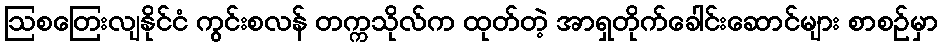
ဩစတြေးလျနိုင်ငံ ကွင်းစလန် တက္ကသိုလ်က ထုတ်တဲ့ အာရှတိုက်ခေါင်းဆောင်များ စာစဉ်မှာ